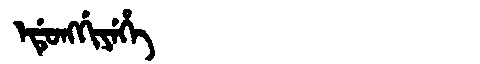
Manchu: ᡝᡩᡠᠩᡤᡳᠶᡝᡥᡝ
Romanization: EDUNGGIYEHE